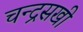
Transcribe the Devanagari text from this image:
चन्द्रसखी